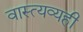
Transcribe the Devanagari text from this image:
वास्त्यव्यही